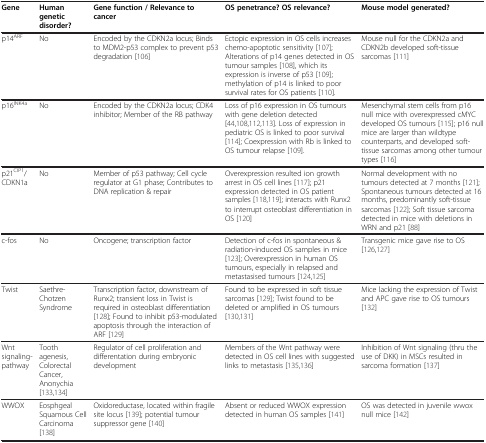
<table><thead><tr><td><b>Gene</b></td><td><b>Human genetic disorder?</b></td><td><b>Gene function / Relevanceto cancer</b></td><td><b>OS penetrance? OS relevance?</b></td><td><b>Mouse model generated?</b></td></tr></thead><tbody><tr><td>p14<sup>ARF</sup></td><td>No</td><td>Encoded by the CDKN2a locus; Binds to MDM2-p53 complex to prevent p53 degradation [106]</td><td>Ectopic expression in OS cells increases chemo-apoptotic sensitivity [107]; Alterations of p14 genes detected in OS tumour samples [108], which its expression is inverse of p53 [109]; methylation of p14 is linked to poor survival rates for OS patients [110].</td><td>Mouse null for the CDKN2a and CDKN2b developed soft-tissue sarcomas [111]</td></tr><tr><td>p16<sup>INK4a</sup></td><td>No</td><td>Encoded by the CDKN2a locus; CDK4 inhibitor; Member of the RB pathway</td><td>Loss of p16 expression in OS tumours with gene deletion detected [44,108,112,113]. Loss of expression in pediatric OS is linked to poor survival [114]; Coexpression with Rb is linked to OS tumour relapse [109].</td><td>Mesenchymal stem cells from p16 null mice with overexpressed cMYC developed OS tumours [115]; p16 null mice are larger than wildtype counterparts, and developed soft-tissue sarcomas among other tumour types [116]</td></tr><tr><td>p21<sup>CIP1</sup>/ CDKN1a</td><td>No</td><td>Member of p53 pathway; Cell cycle regulator at G1 phase; Contributes to DNA replication &amp; repair</td><td>Overexpression resulted ion growth arrest in OS cell lines [117]; p21 expression detected in OS patient samples [118,119]; interacts with Runx2 to interrupt osteoblast differentiation in OS [120]</td><td>Normal development with no tumours detected at 7 months [121]; Spontaneous tumours detected at 16 months, predominantly soft-tissue sarcomas [122]; Soft tissue sarcoma detected in mice with deletions in WRN and p21 [88]</td></tr><tr><td>c-fos</td><td>No</td><td>Oncogene; transcription factor</td><td>Detection of c-fos in spontaneous &amp; radiation-induced OS samples in mice [123]; Overexpression in human OS tumours, especially in relapsed and metastasised tumours [124,125]</td><td>Transgenic mice gave rise to OS [126,127]</td></tr><tr><td>Twist</td><td>Saethre-Chotzen Syndrome</td><td>Transcription factor, downstream of Runx2; transient loss in Twist is required in osteoblast differentiation [128]; Found to inhibit p53-modulated apoptosis through the interaction of ARF [129]</td><td>Found to be expressed in soft tissue sarcomas [129]; Twist found to be deleted or amplified in OS tumours [130,131]</td><td>Mice lacking the expression of Twist and APC gave rise to OS tumours [132]</td></tr><tr><td>Wnt signaling-pathway</td><td>Tooth agenesis, Colorectal Cancer, Anonychia [133,134]</td><td>Regulator of cell proliferation and differentation during embryonic development</td><td>Members of the Wnt pathway were detected in OS cell lines with suggested links to metastasis [135,136]</td><td>Inhibition of Wnt signaling (thru the use of DKK) in MSCs resulted in sarcoma formation [137]</td></tr><tr><td>WWOX</td><td>Eosphgeal Squamous Cell Carcinoma [138]</td><td>Oxidoreductase, located within fragile site locus [139]; potential tumour suppressor gene [140]</td><td>Absent or reduced WWOX expression detected in human OS samples [141]</td><td>OS was detected in juvenile wwox null mice [142]</td></tr></tbody></table>